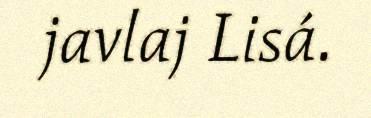
javlaj Lisá.